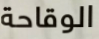
الوقاحة